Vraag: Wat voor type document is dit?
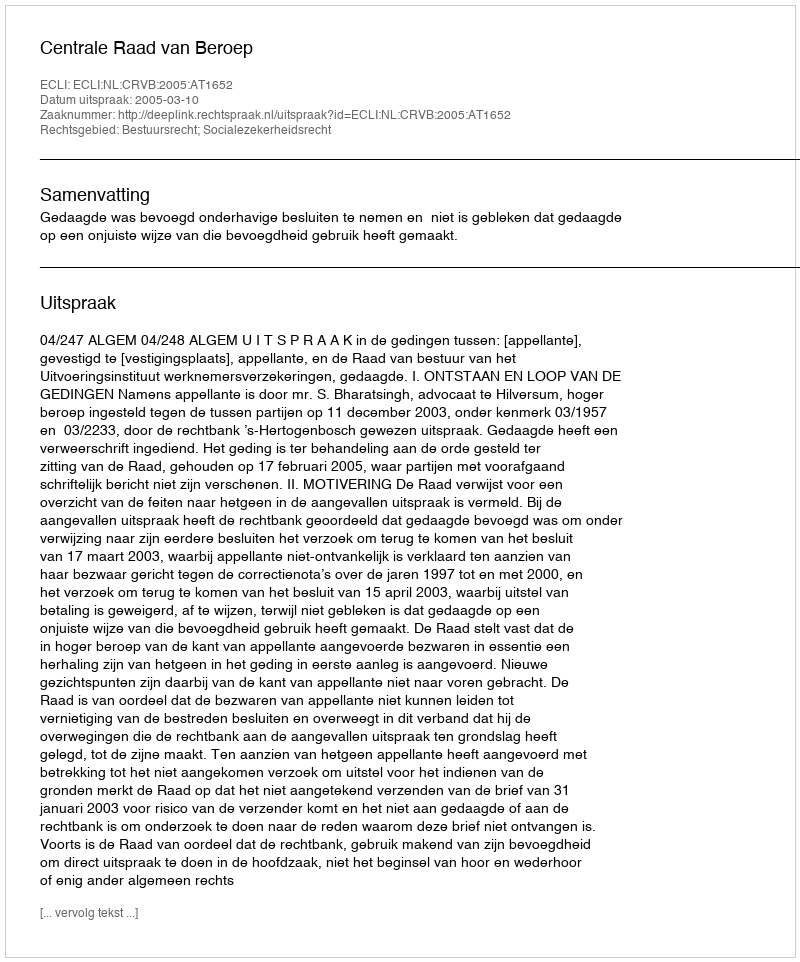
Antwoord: Uitspraak